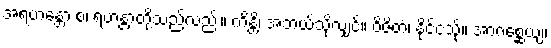
အရဟန္တော စ၊ ရဟန္တာတို့သည်လည်း။ ကိန္တိ၊ အဘယ်သို့လျှင်။ ဝိဇိတံ၊ နိုင်ငံသို့။ အာဂစ္ဆေယျ၊